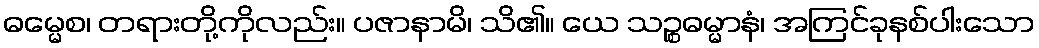
ဓမ္မေစ၊ တရားတို့ကိုလည်း။ ပဇာနာမိ၊ သိ၏။ ယေ သဉ္စဓမ္မာနံ၊ အကြင်ခုနစ်ပါးသော